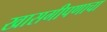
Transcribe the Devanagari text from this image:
खासगीपणाचा